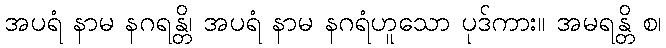
အပရံ နာမ နဂရန္တိ၊ အပရံ နာမ နဂရံဟူသော ပုဒ်ကား။ အမရန္တိ စ၊